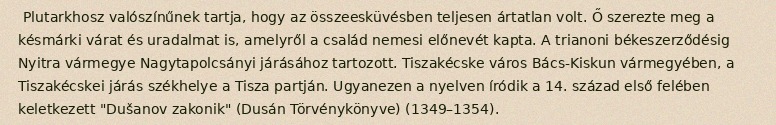
Plutarkhosz valószínűnek tartja, hogy az összeesküvésben teljesen ártatlan volt. Ő szerezte meg a késmárki várat és uradalmat is, amelyről a család nemesi előnevét kapta. A trianoni békeszerződésig Nyitra vármegye Nagytapolcsányi járásához tartozott. Tiszakécske város Bács-Kiskun vármegyében, a Tiszakécskei járás székhelye a Tisza partján. Ugyanezen a nyelven íródik a 14. század első felében keletkezett "Dušanov zakonik" (Dusán Törvénykönyve) (1349–1354).